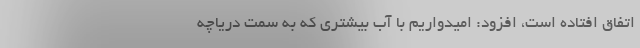
اتفاق افتاده است، افزود: امیدواریم با آب بیشتری که به سمت دریاچه